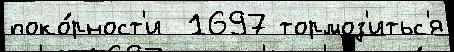
поко́рност'и  1697 тормоз'итьс'я